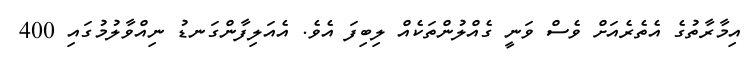
އިމާރާތުގެ އެތެރެއަށް ވެސް ވަނީ ގެއްލުންތަކެއް ލިބިފަ އެވެ. އެއަލިފާންގަނޑު ނިއްވާލުމުގައި 400